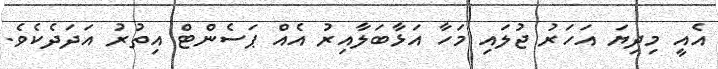
އެއީ މިދިޔަ އަހަރު ޖުލައި މަހާ އަޅާބަލާއިރު އެއް ޕަސެންޓް އިތުރު އަދަދެކެވެ.